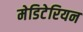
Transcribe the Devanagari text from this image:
मेडिटेरियन